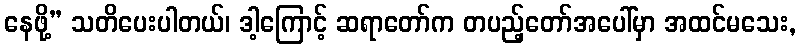
နေဖို့” သတိပေးပါတယ်၊ ဒါ့ကြောင့် ဆရာတော်က တပည့်တော်အပေါ်မှာ အထင်မသေး,